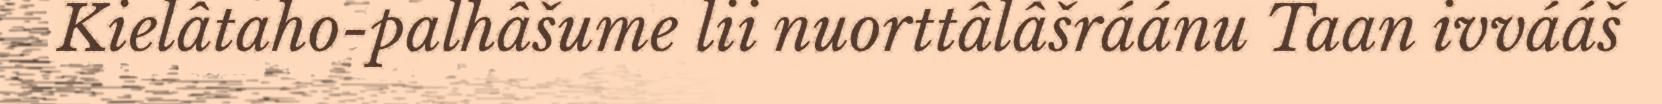
Kielâtaho-palhâšume lii nuorttâlâšráánu Taan ivvááš